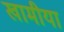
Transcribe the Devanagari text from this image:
खामीया